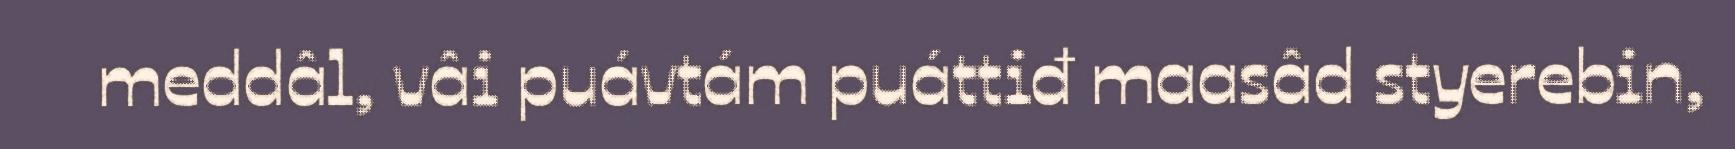
meddâl, vâi puávtám puáttiđ maasâd styerebin,